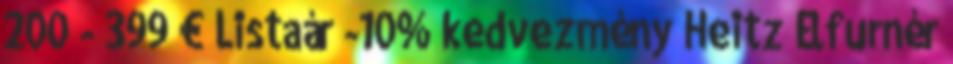
200 - 399 € Listaár -10% kedvezmény Heitz Élfurnér